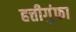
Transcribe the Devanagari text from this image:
हत्तीगुंफा